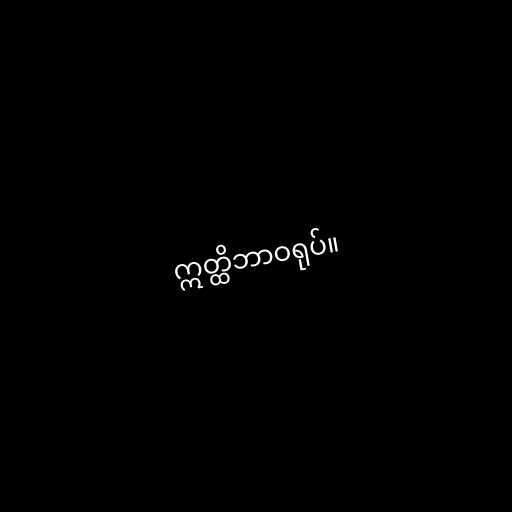
ဣတ္ထိဘာဝရုပ်။